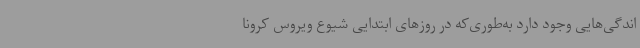
اندگی‌هایی وجود دارد به‌طوری‌که در روزهای ابتدایی شیوع ویروس کرونا